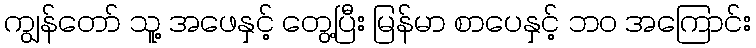
ကျွန်တော် သူ့ အဖေနှင့် တွေ့ပြီး မြန်မာ စာပေနှင့် ဘဝ အကြောင်း